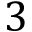
3